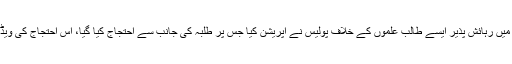
اسلام آباد کے سیکٹر ای الیون میں رہائش پذیر ایسے طالب علموں کے خلاف پولیس نے آپریشن کیا جس پر طلبہ کی جانب سے احتجاج کیا گیا، اس احتجاج کی ویڈیو سوشل میڈیا پر وائرل ہوئی۔